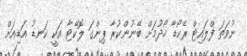
ނުވަތަ ފްލައިޓް ރެކޯޑާ ހޯދުމަށް ބޭނުންކުރާ ޕިންގަ ލޮކޭޓާ އަކީ ކަނޑު އަޑިއަށް